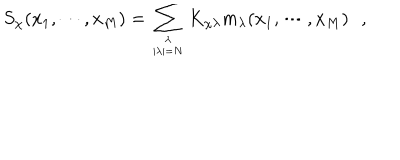
S _ { \chi } ( x _ { 1 } , \cdots , x _ { M } ) = \sum _ { \lambda \atop | \lambda | = N } K _ { \chi \lambda } m _ { \lambda } ( x _ { 1 } , \cdots , x _ { M } ) \, \, \, \, ,